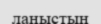
ланыстың